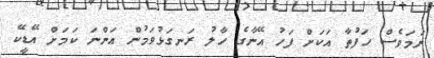
ނަމަވެސް ހަފުތާ އަކަށް ފަހު އޭނާގެ ހާލު ރަނގަޅުވަމުން އަންނަ ކަމަށް އޭޑީކޭ